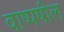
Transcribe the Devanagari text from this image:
वाष्पषील